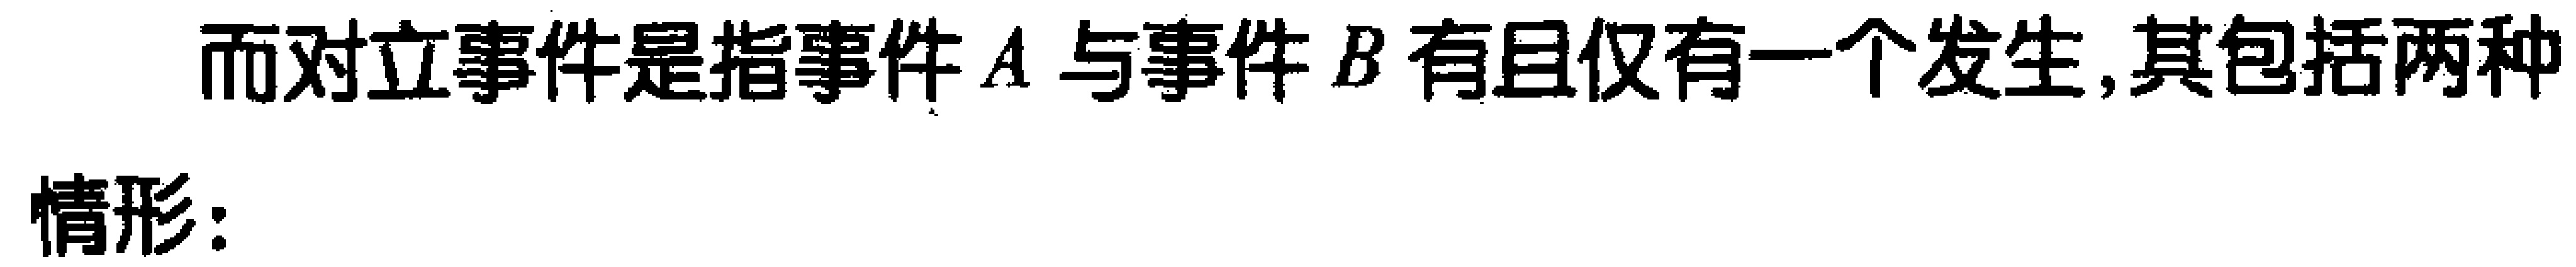
而对立事件是指事件\(A\)与事件\(B\)有且仅有一个发生,其包括两种

情形: